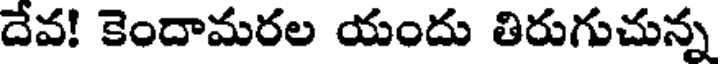
దేవ! కెందామరల యందు తిరుగుచున్న